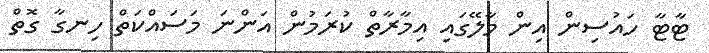
ޓާޓާ ހައުސިން އިން މާލޭގައި އިމާރާތް ކުރަމުން އަންނަ މަސައްކަތް ހިނގާ ގޮތް